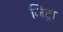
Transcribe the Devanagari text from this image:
जिट्रा